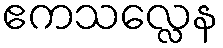
ဧကသလ္လေန